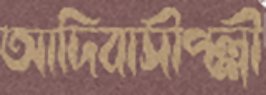
আদিবাসীপল্লী